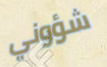
شؤوني